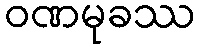
ဝဏမုခဿ